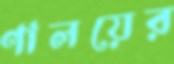
ণালয়ের